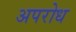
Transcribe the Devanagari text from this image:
अपरोध